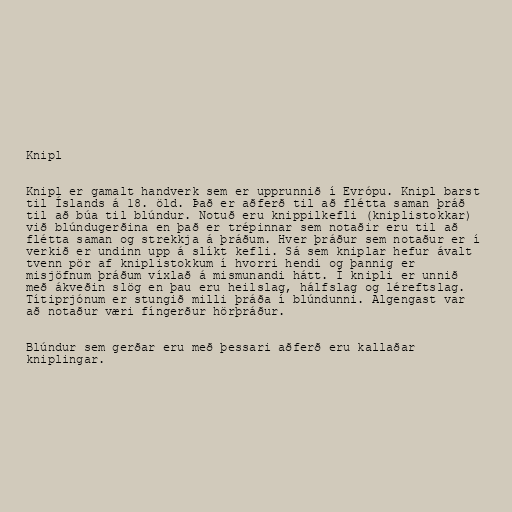
Knipl

Knipl er gamalt handverk sem er upprunnið í Evrópu. Knipl barst
til Íslands á 18. öld. Það er aðferð til að flétta saman þráð
til að búa til blúndur. Notuð eru knippilkefli (kniplistokkar)
við blúndugerðina en það er trépinnar sem notaðir eru til að
flétta saman og strekkja á þráðum. Hver þráður sem notaður er í
verkið er undinn upp á slíkt kefli. Sá sem kniplar hefur ávalt
tvenn pör af kniplistokkum í hvorri hendi og þannig er
misjöfnum þráðum víxlað á mismunandi hátt. Í knipli er unnið
með ákveðin slög en þau eru heilslag, hálfslag og léreftslag.
Títiprjónum er stungið milli þráða í blúndunni. Algengast var
að notaður væri fíngerður hörþráður.

Blúndur sem gerðar eru með þessari aðferð eru kallaðar
kniplingar.